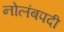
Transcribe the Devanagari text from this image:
नोलंबपदी